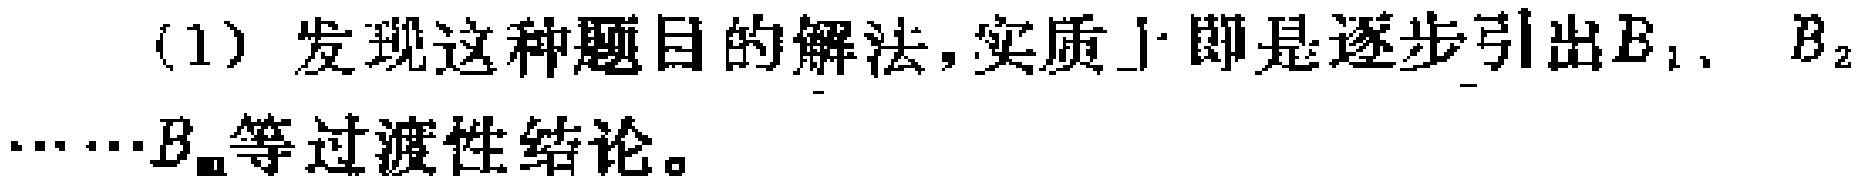
(1) 发现这种题目的解法, 实质上即是逐步引出$B_{1}$、$B_{2}$……$B_{n}$等过渡性结论。